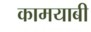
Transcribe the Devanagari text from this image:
कामयाबी